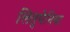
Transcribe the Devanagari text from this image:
लितुयेनिया